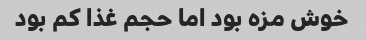
خوش مزه بود اما حجم غذا کم بود